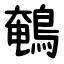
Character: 鵪